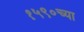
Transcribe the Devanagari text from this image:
१५९०च्या